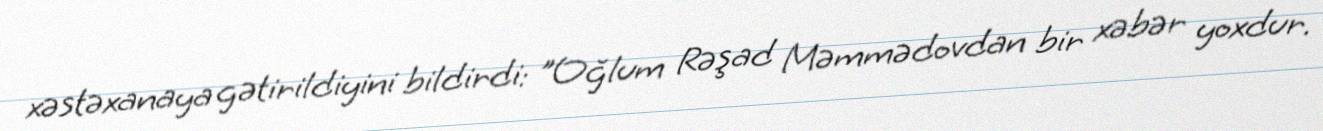
xəstəxanaya gətirildiyini bildirdi: "Oğlum Rəşad Məmmədovdan bir xəbər yoxdur.